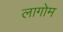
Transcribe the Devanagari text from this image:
लागोम